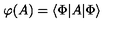
\mathcal { \varphi } ( A ) = \left\langle \Phi | A | \Phi \right\rangle